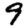
Digit: 9